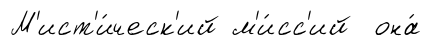
М'ист'и́ческ'ий м'и́сс'ий она́